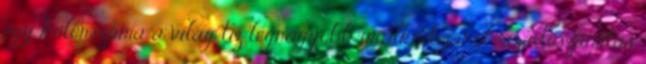
egy különszáma a világ tíz legnagyobb uralkodójáról: az időszámítás